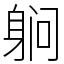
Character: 䠺